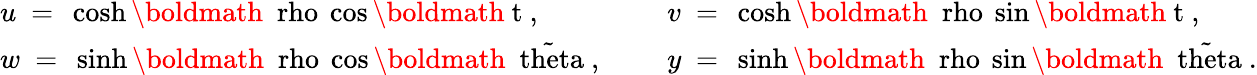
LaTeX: \begin{array}{ll}{{u~=~\cosh\mathrm{\boldmath~\ rho~}\cos\mathrm{\boldmath~t~},~~~~~}}&{{v~=~\cosh\mathrm{\boldmath~\ rho~}\sin\mathrm{\boldmath~t~},}}\\ {{w~=~\sinh\mathrm{\boldmath~\ rho~}\cos\mathrm{\boldmath~\tilde{\ theta}~},~~~~~}}&{{y~=~\sinh\mathrm{\boldmath~\ rho~}\sin\mathrm{\boldmath~\tilde{\ theta}~}.}}\end{array}